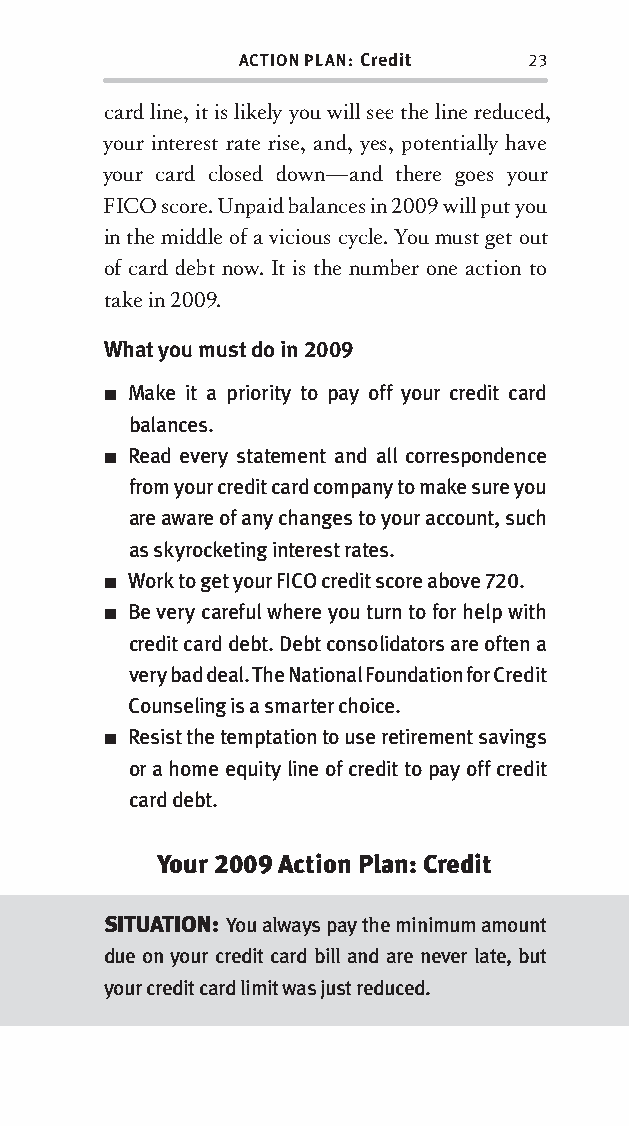
ACTION PLAN: Credit 23
 card line, it is likely you will see the line reduced,
 your interest rate rise, and, yes, potentially have
 your card closed down—and there goes your
 FICO score. Unpaid balances in 2009 will put you
 in the middle of a vicious cycle. You must get out
 of card debt now. It is the number one action to
 take in 2009.
 What you must do in 2009
 ■ Make it a priority to pay off your credit card
 balances.
 ■ Read every statement and all correspondence
 from your credit card company to make sure you
 are aware of any changes to your account, such
 as skyrocketing interest rates.
 ■ Work to get your FICO credit score above 720.
 ■ Be very careful where you turn to for help with
 credit card debt. Debt consolidators are often a
 very bad deal. The National Foundation for Credit
 Counseling is a smarter choice.
 ■ Resist the temptation to use retirement savings
 or a home equity line of credit to pay off credit
 card debt.
 Your 2009 Action Plan: Credit
 SITUATION: You always pay the minimum amount
 due on your credit card bill and are never late, but
 your credit card limit was just reduced.
 OOrrmmaa__99778800338855553300993344__44pp__aallll__rr11..iinndddd 2233 1122//33//0088 99::3311::0011 AAMM